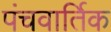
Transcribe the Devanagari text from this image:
पंचवार्तिक